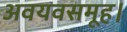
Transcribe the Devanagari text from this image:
अवयवसमूह।